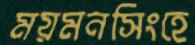
ময়মনসিংহে